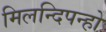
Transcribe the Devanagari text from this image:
मिलन्दिपन्हो